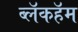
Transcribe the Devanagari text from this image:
ब्लॅकहॅम